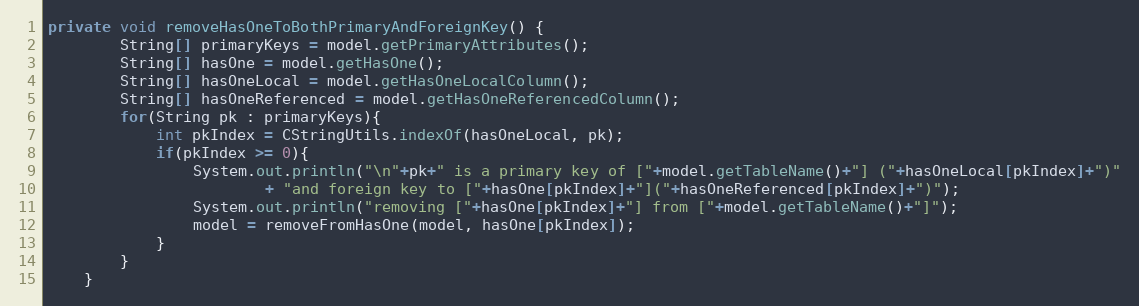
Language: Java
private void removeHasOneToBothPrimaryAndForeignKey() {
		String[] primaryKeys = model.getPrimaryAttributes();
		String[] hasOne = model.getHasOne();
		String[] hasOneLocal = model.getHasOneLocalColumn();
		String[] hasOneReferenced = model.getHasOneReferencedColumn();
		for(String pk : primaryKeys){
			int pkIndex = CStringUtils.indexOf(hasOneLocal, pk);
			if(pkIndex >= 0){
				System.out.println("\n"+pk+" is a primary key of ["+model.getTableName()+"] ("+hasOneLocal[pkIndex]+")"
						+ "and foreign key to ["+hasOne[pkIndex]+"]("+hasOneReferenced[pkIndex]+")");
				System.out.println("removing ["+hasOne[pkIndex]+"] from ["+model.getTableName()+"]");
				model = removeFromHasOne(model, hasOne[pkIndex]);
			}
		}
	}